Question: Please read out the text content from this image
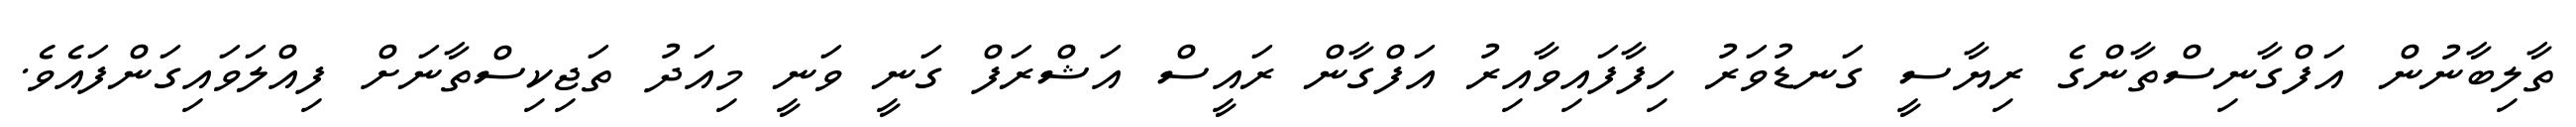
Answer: ތާލިބާނުން އަފްގާނިސްތާންގެ ރިޔާސީ ގަނޑުވަރު ހިފާފައިވާއިރު އަފްގާން ރައީސް އަޝްރަފް ގަނީ ވަނީ މިއަދު ތަޖިކިސްތާނަށް ފިއްލަވައިގަންފައެވެ.